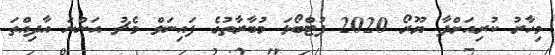
މިހާރު ކުރިއަށްދާ ޔޫރޯ 2020 ފުޓްބޯޅަ މުބާރާތުގެ ފައިނަލް މެޗު އަންނަ އާދިއްތަ